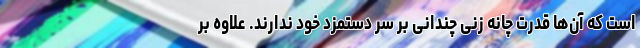
است که آن‌ها قدرت چانه زنی چندانی بر سر دستمزد خود ندارند. علاوه بر